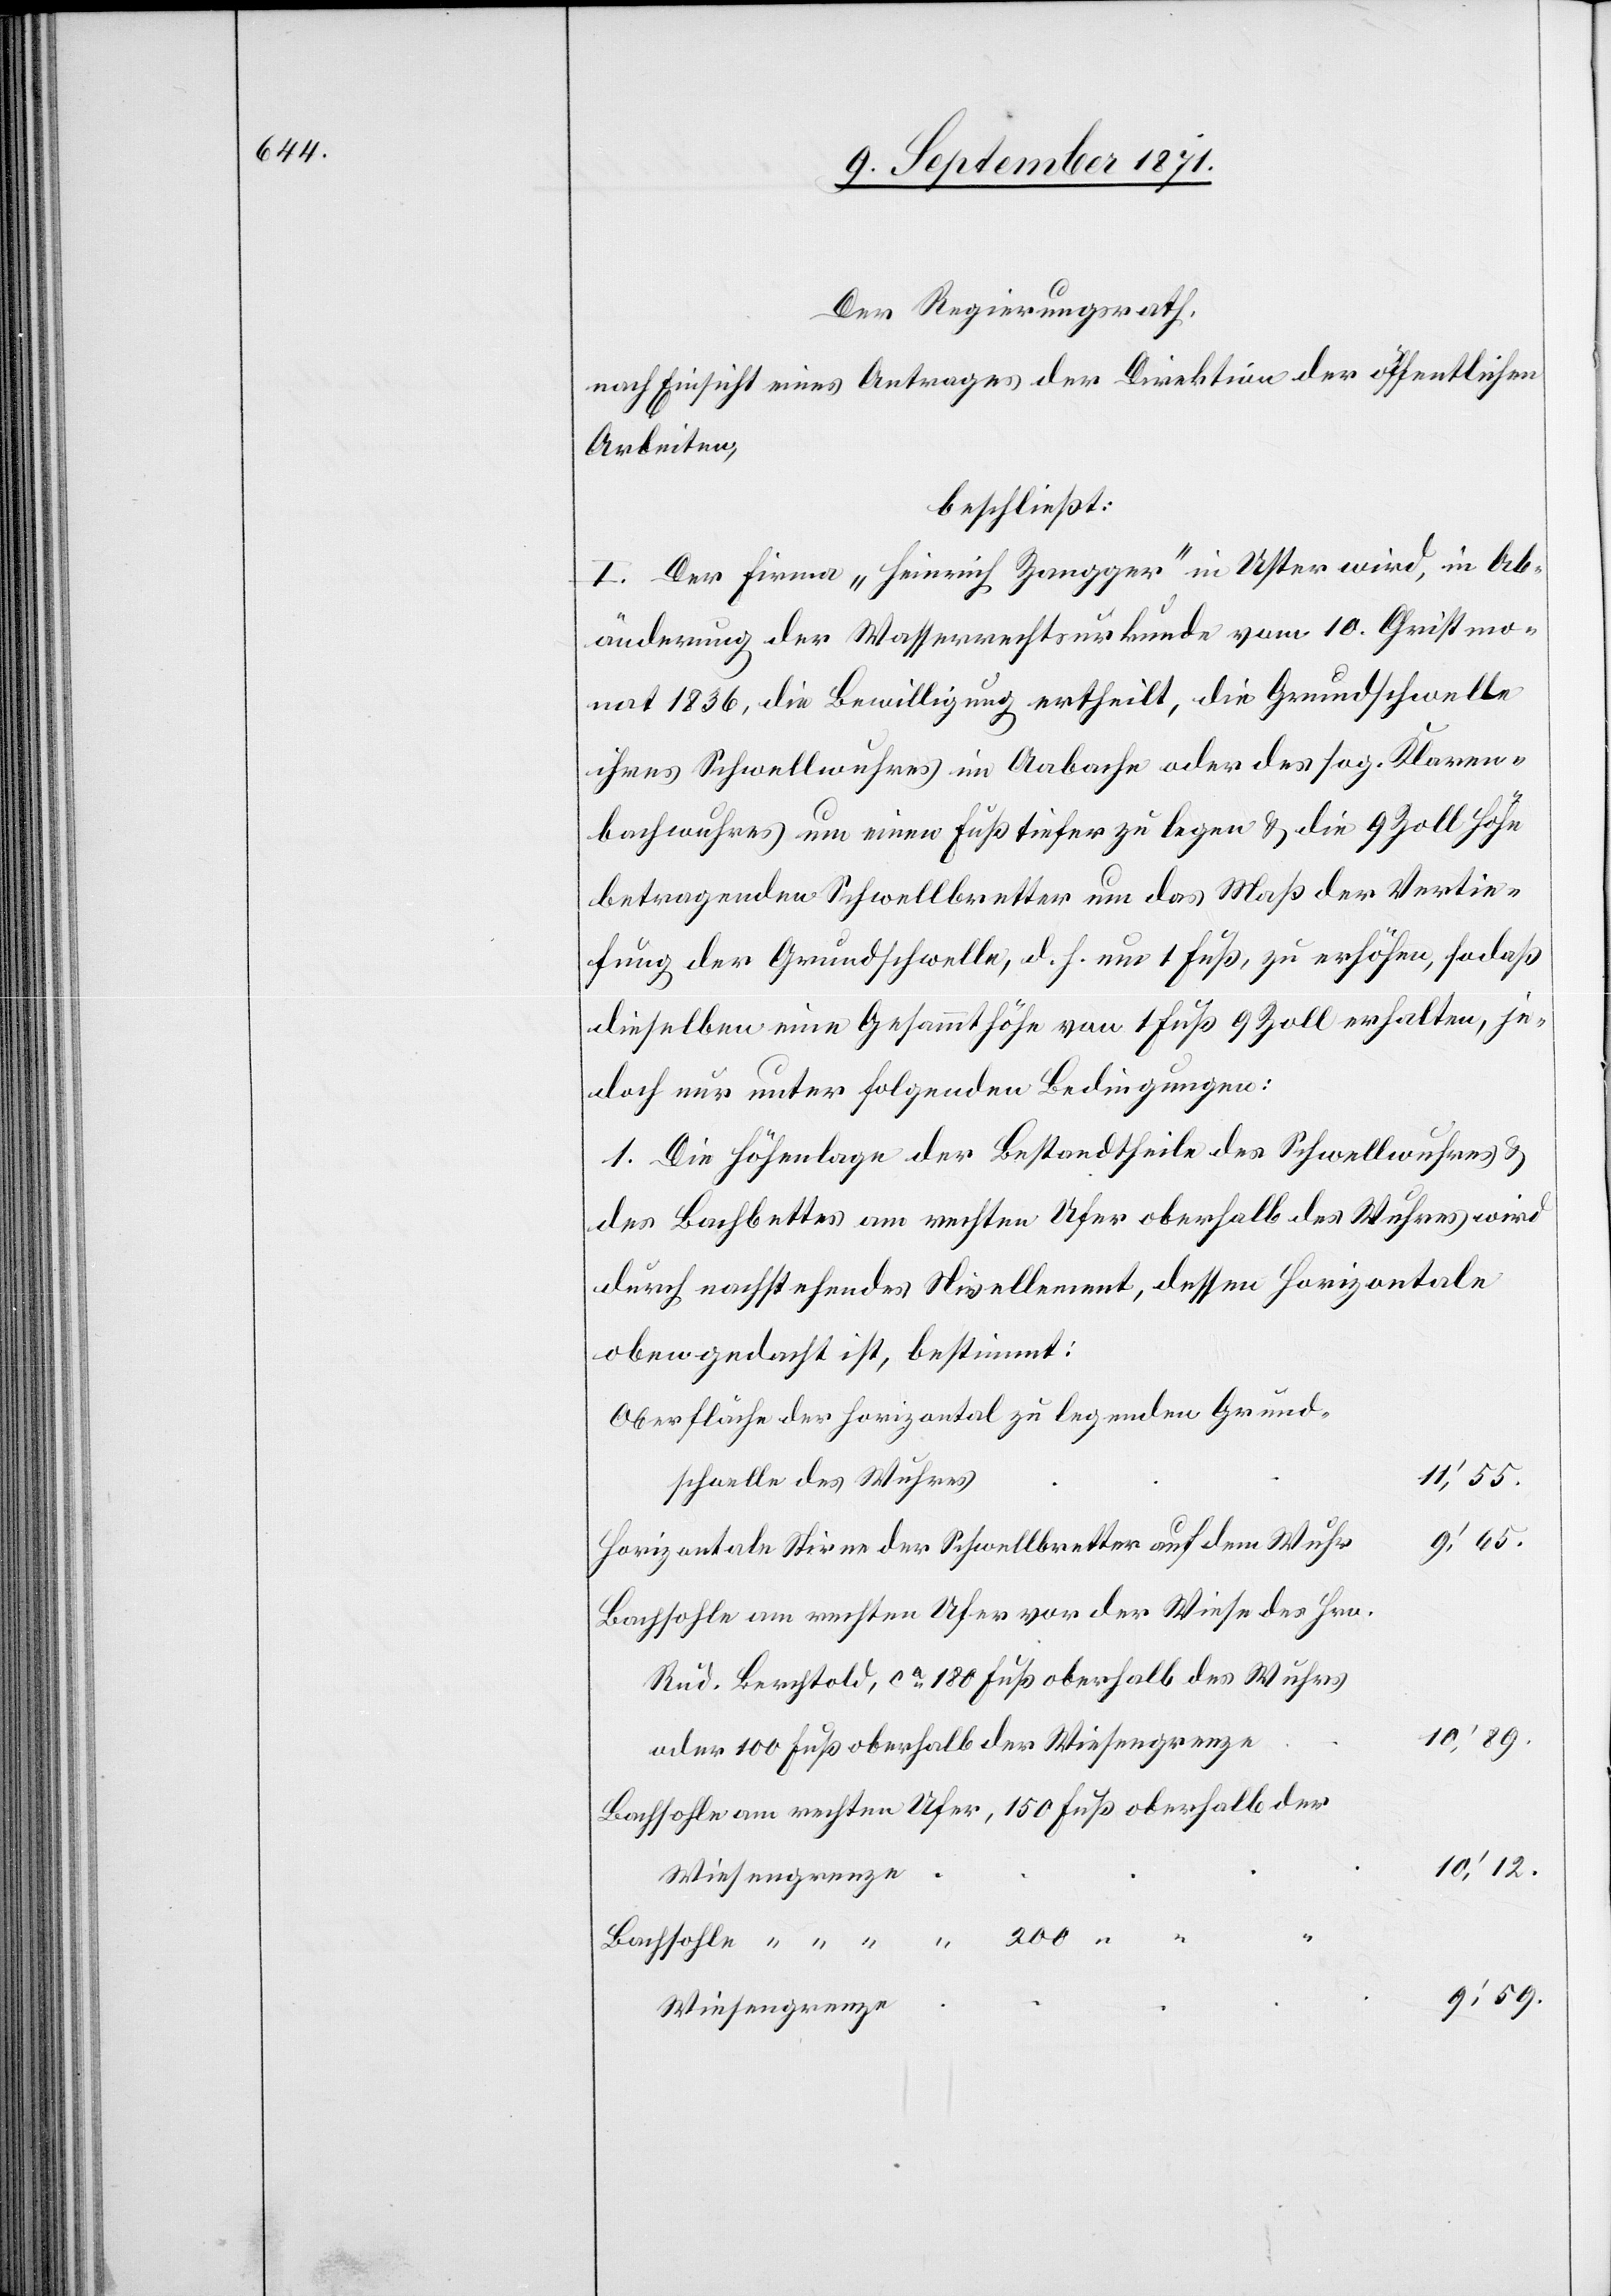
Der Regierungsrath,
nach Einsicht eines Antrages der Direktion der öffentlichen
Arbeiten,
beschließt:
I. Der Firma „Heinrich Zangger“ in Uster wird, in Ab¬
änderung der Wasserrechtsurkunde vom 10. Christmo¬
nat 1836, die Bewilligung ertheilt, die Grundschwelle
ihres Schwellwuhres im Aabache oder des sog. Klaren¬
bachwuhres um einen Fuß tiefer zu legen & die 9 Zoll Höhe
betragenden Schwellbretter um das Maß der Vertie¬
fung der Grundschwelle, d. h. um 1 Fuß, zu erhöhen, sodaß
dieselben eine Gesammthöhe von 1 Fuss 9 Zoll erhalten, je¬
doch nur unter folgenden Bedingungen:
1. Die Höhenlage der Bestandtheile des Schwellwuhres &
des Bachbettes am rechten Ufer oberhalb des Wuhres wird
durch nachstehendes Nivellement, dessen Horizontale
oben gedacht ist, bestimmt:
Oberfläche der horizontal zu legenden Grund¬
11’,55.
schwelle des Wuhres
Horizontale Stirne der Schwellbretter auf dem Wuhr
Bachsohle am rechten Ufer vor der Wiese des Hrn.
Rud. Berchtold, ca 180 Fuß oberhalb des Wuhrs
oder 100 Fuß oberhalb der Wiesengrenze
Bachsohle am rechten Ufer, 150 Fuß oberhalb der
10’,12.
Bachsohle “ “ “
10’,89.
Wiesengrenze